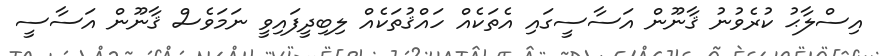
އިސްލާޙު ކުރެވުނު ޤާނޫން އަސާސީގައި އެތަކެއް ހައްޤުތަކެއް ލިބިދީފައިވީ ނަމަވެސް ޤާނޫން އަސާސީ